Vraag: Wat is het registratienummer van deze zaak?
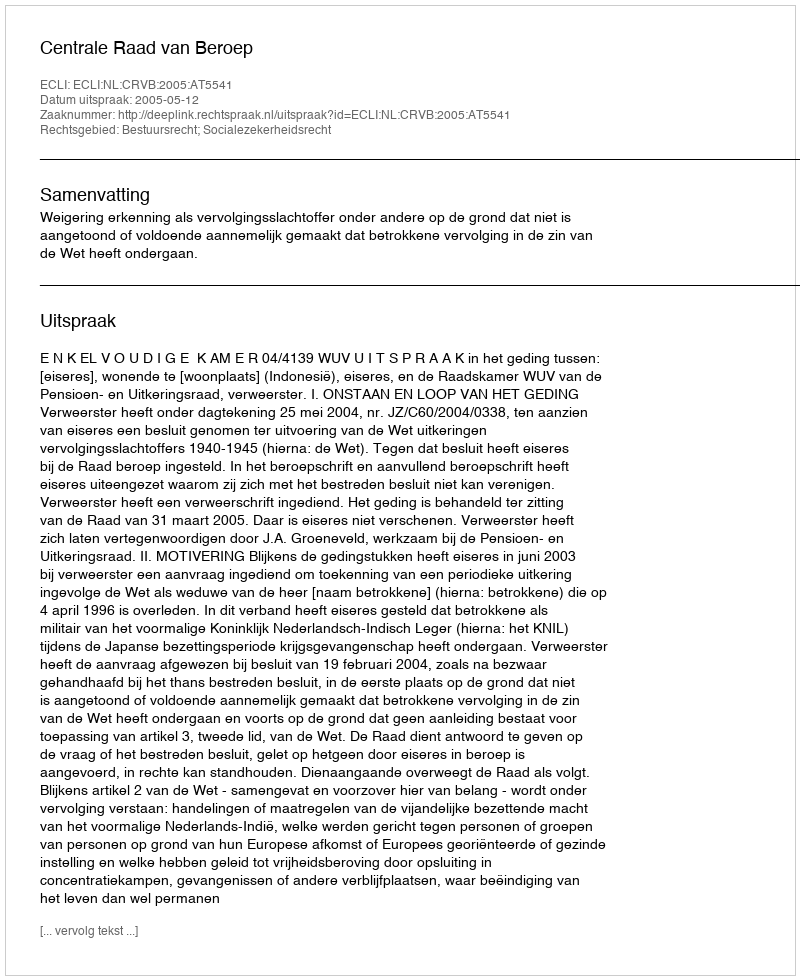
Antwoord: http://deeplink.rechtspraak.nl/uitspraak?id=ECLI:NL:CRVB:2005:AT5541